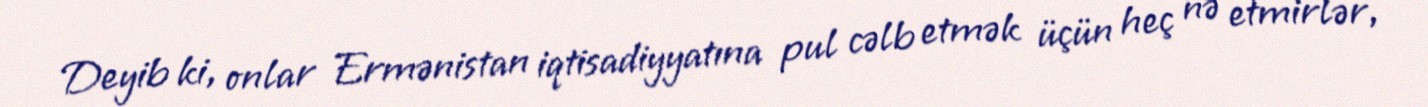
Deyib ki, onlar Ermənistan iqtisadiyyatına pul cəlb etmək üçün heç nə etmirlər,